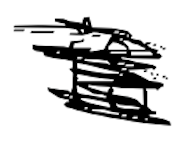
Text: is
Cross-out: scratch
Writing tool: digital_black